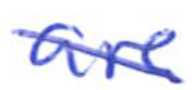
Text: are
Cross-out: diagonal
Writing tool: ballpoint